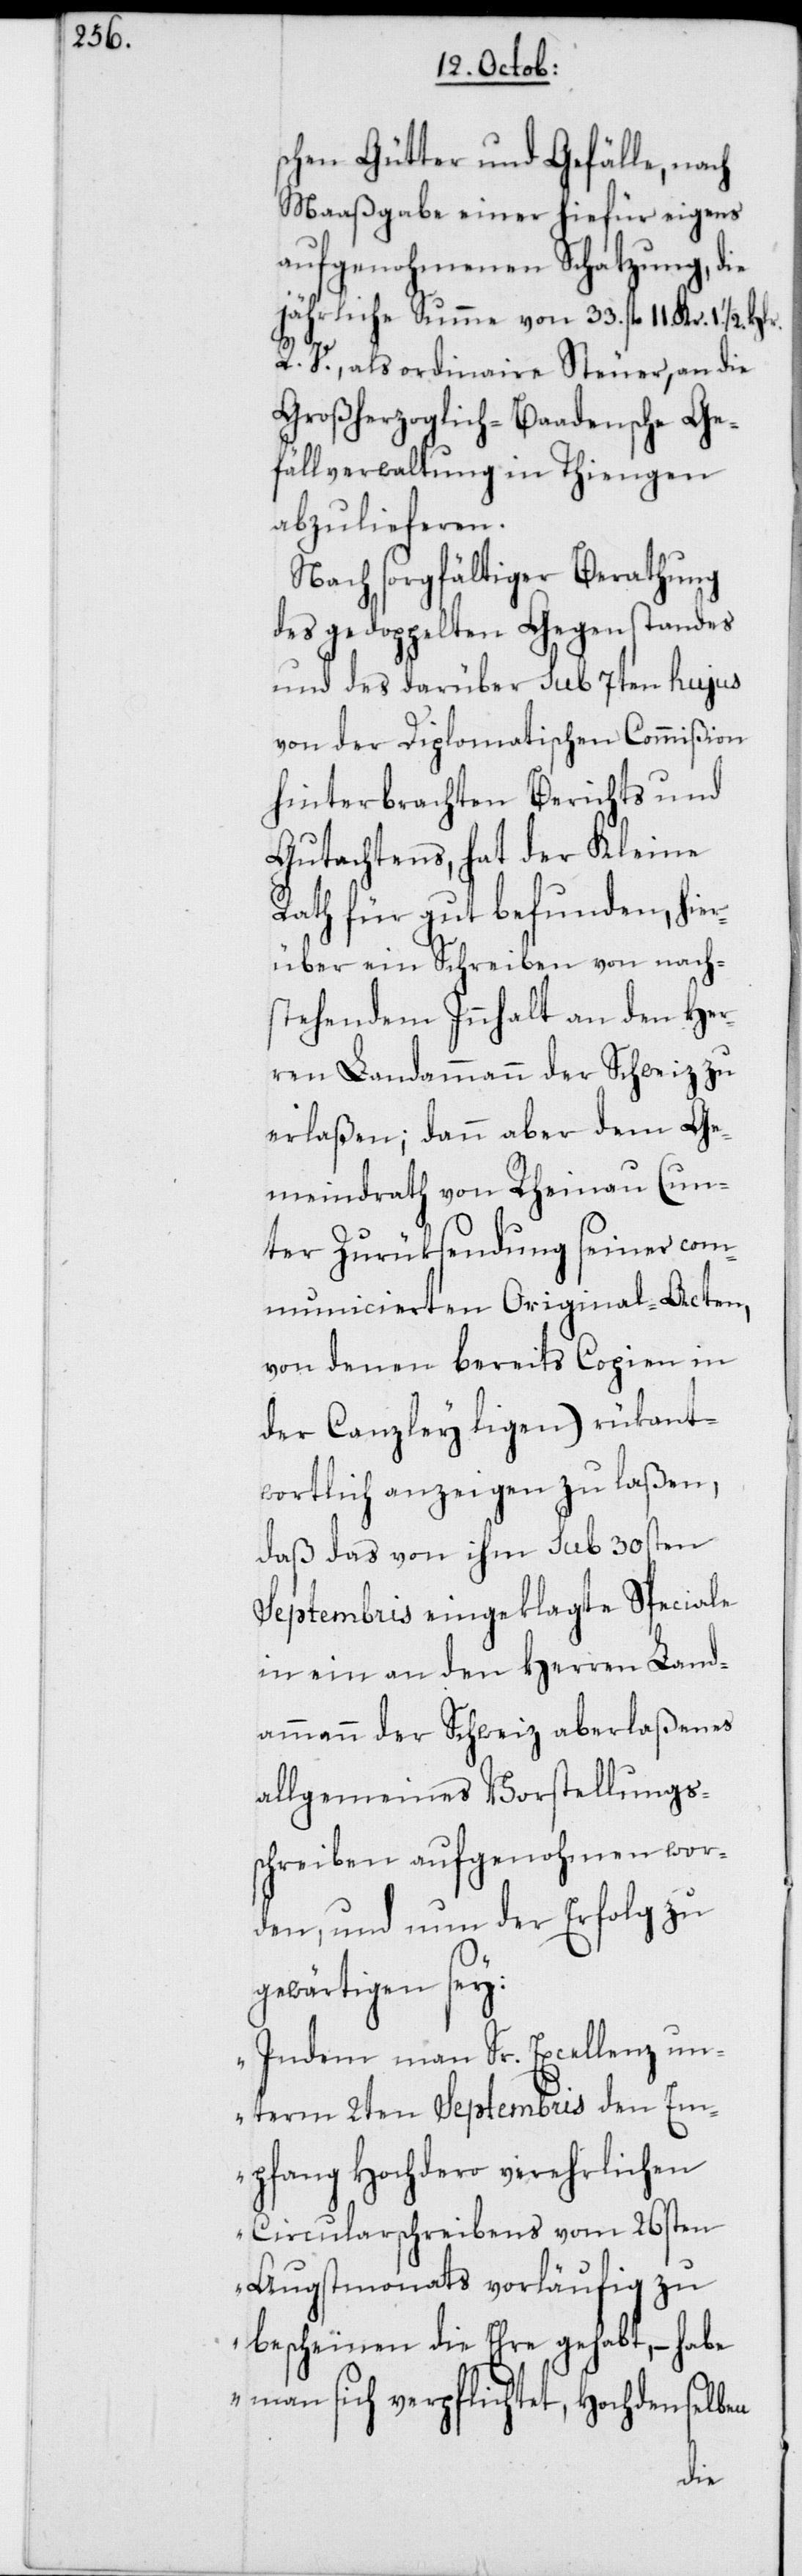
1/2. Hlr.
schen Gütter und Gefälle, nach
Maaßgabe einer hiefür eigens
aufgenohmenen Schatzung, die
jährliche Summe von 33. fl. 11. Kr.
R. V. als ordinaire Steuer, an die
Großherzoglich-Baadensche Ge¬
fällverwaltung in Thiengen
abzulieferen.
Nach sorgfältiger Berathung
des gedoppelten Gegenstandes
und des darüber sub 7ten hujus
von der Diplomatischen Commißion
hinterbrachten Berichts und
Gutachtens, hat der Kleine
Rath für gut befunden, hier¬
über ein Schreiben von nach¬
stehendem Innhalt an den Her¬
ren Landammann der Schweiz zu
erlaßen; dann aber dem Ge¬
meindrath von Rheinau (un¬
ter Zurüksendung seiner com¬
municierten Original-Acten,
von denen bereits Copien in
der Canzley ligen) rükant¬
wortlich anzeigen zu laßen,
daß das von ihm sub 30sten
Septembris eingeklagte Speciale
in ein an den Herren Land¬
ammann der Schweiz aberlaßenes
allgemeines Vorstellungs¬
schreiben aufgenohmen wor¬
den, und nun der Erfolg zu
gewärtigen sey:
„Indem man Sr. Excellenz un¬
term 2ten Septembris den Em¬
pfang Hochdero verehrlichen
Circularschreibens vom 26sten
Augstmonats vorläufig zu
bescheinen die Ehre gehabt, – habe
man sich verpflichtet, Hochdenselben